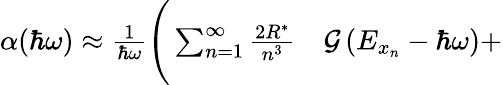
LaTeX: \begin{array}{rl}{\alpha(\hbar\omega)\approx\frac{1}{\hbar\omega}\Bigg(\sum_{n=1}^{\infty}\frac{2R^{*}}{n^{3}}}&{{}\mathcal{G}\left(E_{x_{n}}-\hbar\omega\right)+}\end{array}